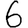
Digit: 6